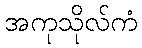
အကုသိုလ်ကံ